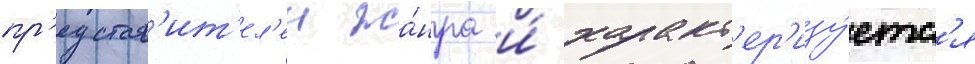
пр'едстав'ит'ел'еи жа́нра и́ характ'ер'изу́етс'я